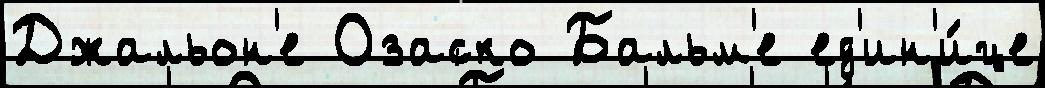
Джальон'е Озаско Бальм'е ед'ин'и́це